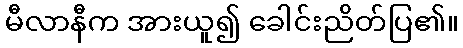
မီလာနီက အားယူ၍ ခေါင်းညိတ်ပြ၏။